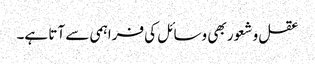
عقل و شعور بھی وسائل کی فراہمی سے آتا ہے۔